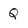
Character: Q